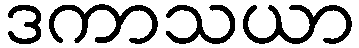
ဒကာသယာ